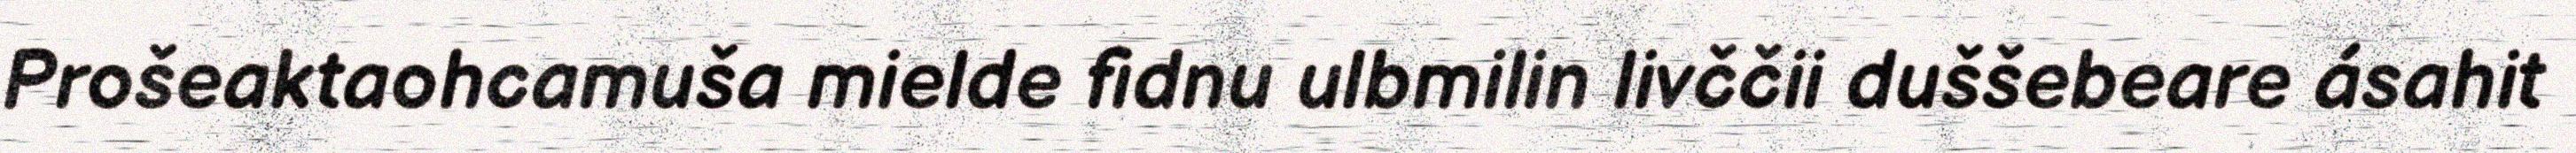
Prošeaktaohcamuša mielde fidnu ulbmilin livččii duššebeare ásahit